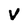
Character: V